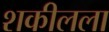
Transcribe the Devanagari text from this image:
शकीलला